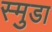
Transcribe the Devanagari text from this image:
स्मुडा